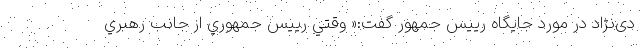
دی‌نژاد در مورد جایگاه رییس جمهور گفت:« وقتي رييس جمهوري از جانب رهبري